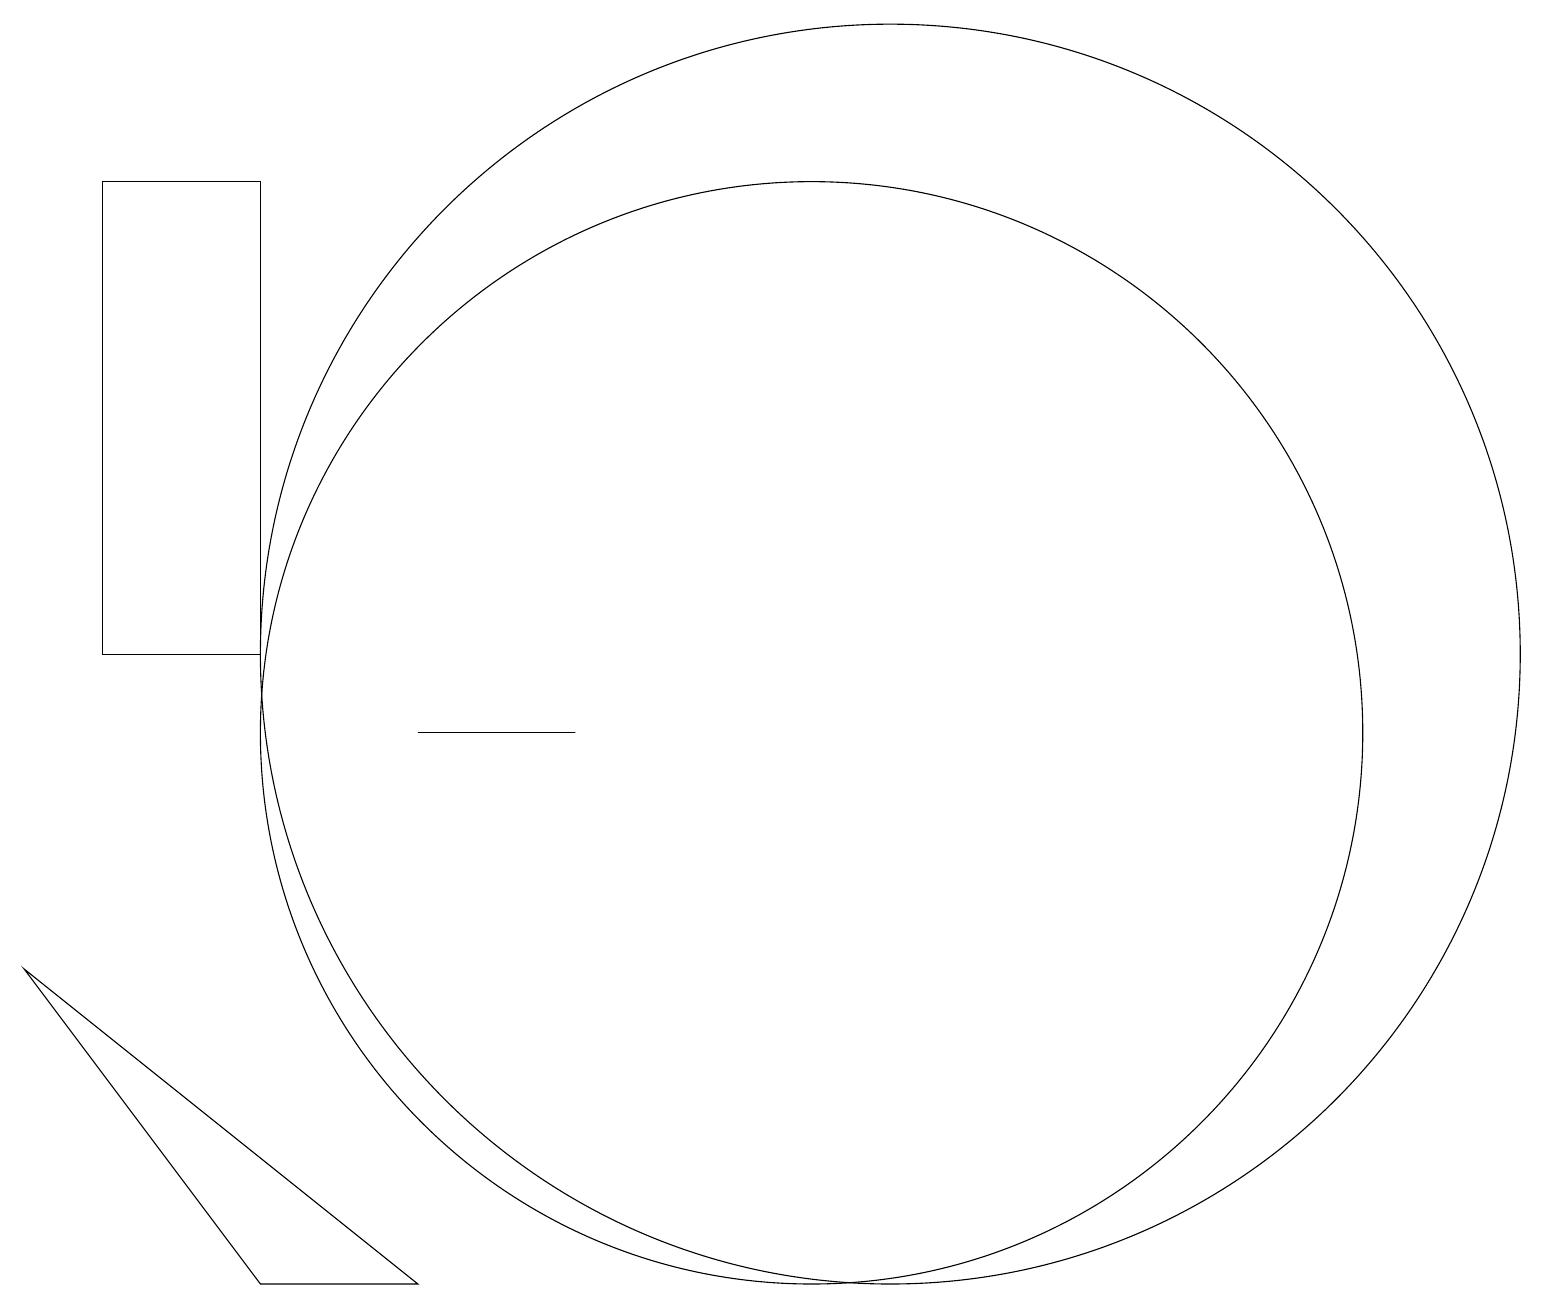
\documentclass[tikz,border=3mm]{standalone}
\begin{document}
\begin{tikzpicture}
\draw (12,12) circle (8);
\draw (6,11) rectangle (8,11);
\draw (6,4) -- (1,8) -- (4,4) -- cycle;
\draw (2,18) rectangle (4,12);
\draw (11,11) circle (7);
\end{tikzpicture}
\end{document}